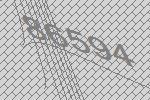
86594